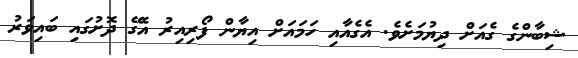
ޝިބާންގެ ގެއަށް ދިޔުމަށެވެ. އެގެއާއި ހަމައަށް އިޔާން ފޯރިއިރު އެގޭ ދޮށުގައި ބައިވަރު